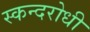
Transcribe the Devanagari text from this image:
स्कन्दरोधी